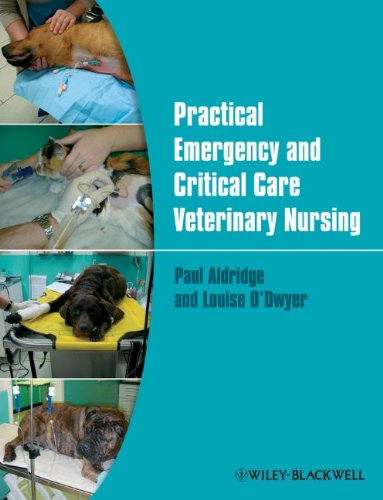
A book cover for Practical Emergency and Critical Care Veterinary Nursing; Paul Aldridge; Medical Books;